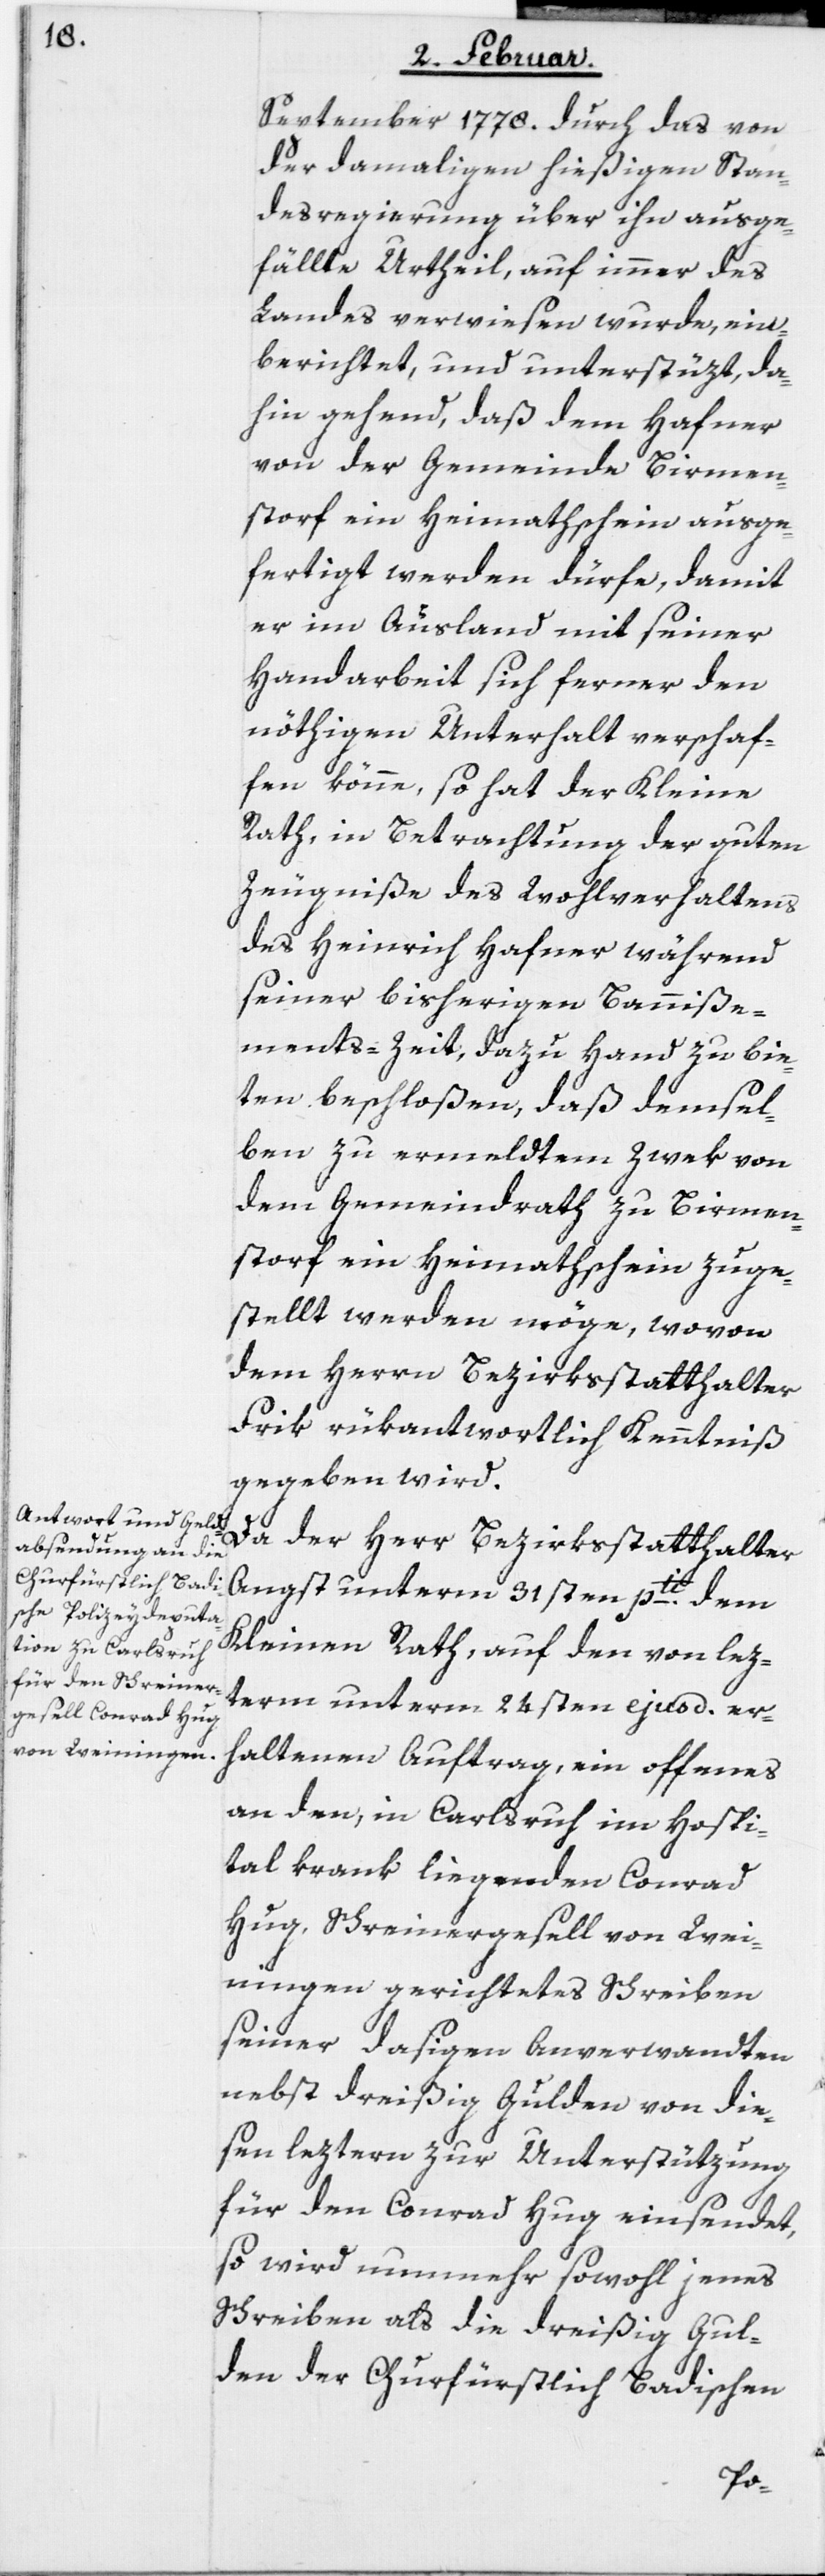
September 1778. durch das von
der damaligen hießigen Stan¬
desregierung über ihn ausge¬
fällte Urtheil, auf immer des
Landes verwiesen wurde, ein¬
berichtet, und unterstüzt, da¬
hin gehend, daß dem Hafner
von der Gemeinde Birmen¬
storf ein Heimathschein ausge¬
fertigt werden dürfe, damit
er im Ausland mit seiner
Handarbeit sich ferner den
nöthigen Unterhalt verschaf¬
fen könne, so hat der Kleine
Rath, in Betrachtung der guten
Zeugniße des Wohlverhaltens
des Heinrich Hafner während
seiner bisherigen Banniße¬
ments-Zeit, dazu Hand zu bie¬
ten beschloßen, daß demsel¬
ben zu ermeldtem Zwek von
dem Gemeindrath zu Birmen¬
storf ein Heimathschein zuge¬
stellt werden möge, wovon
dem Herrn Bezirksstatthalter
Frik rükantwortlich Kenntniß
gegeben wird.
Da der Herr Bezirksstatthalter
Angst unterm 31sten pti. dem
Kleinen Rath, auf den von lez¬
term unterm 24sten ejusd. er¬
haltenen Auftrag, ein offenes
an den, in Carlsruh im Hospi¬
tal krank liegenden Conrad
Hug, Schreinergesell von Wei¬
ningen gerichtetes Schreiben
seiner dasigen Anverwandten
nebst dreißig Gulden von die¬
sen letztern zur Unterstützung
für den Conrad Hug einsendet,
so wird nunmehr sowohl jenes
Schreiben als die dreißig Gul¬
den der Churfürstlich Badischen